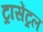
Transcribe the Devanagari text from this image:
ट्रासेंट्रल